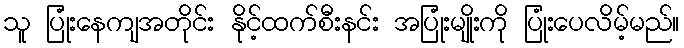
သူ ပြုံးနေကျအတိုင်း နိုင့်ထက်စီးနင်း အပြုံးမျိုးကို ပြုံးပေလိမ့်မည်။